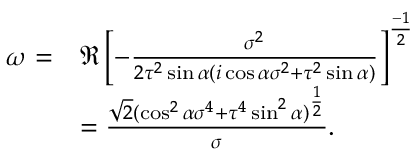
\begin{array} { r l } { \omega = } & { \Re \left[ - \frac { \sigma ^ { 2 } } { 2 \tau ^ { 2 } \sin { \alpha } ( i \cos \alpha \sigma ^ { 2 } + \tau ^ { 2 } \sin { \alpha } ) } \right] ^ { \frac { - 1 } { 2 } } } \\ & { = \frac { \sqrt { 2 } ( \cos ^ { 2 } \alpha \sigma ^ { 4 } + \tau ^ { 4 } \sin ^ { 2 } \alpha ) ^ { \frac { 1 } { 2 } } } { \sigma } . } \end{array}